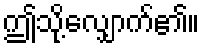
ဤသို့လျှောက်၏။